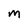
Character: m